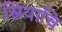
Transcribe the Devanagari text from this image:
स्त्रियाचि